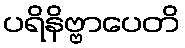
ပရိနိဗ္ဗာပေတိ